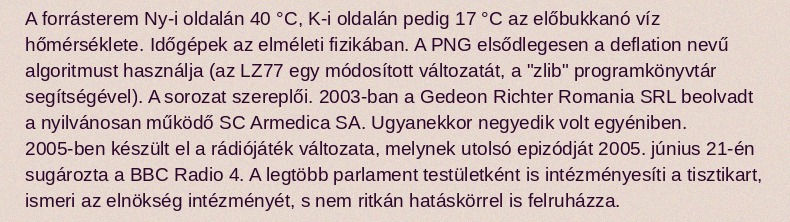
A forrásterem Ny-i oldalán 40 °C, K-i oldalán pedig 17 °C az előbukkanó víz hőmérséklete. Időgépek az elméleti fizikában. A PNG elsődlegesen a deflation nevű algoritmust használja (az LZ77 egy módosított változatát, a "zlib" programkönyvtár segítségével). A sorozat szereplői. 2003-ban a Gedeon Richter Romania SRL beolvadt a nyilvánosan működő SC Armedica SA. Ugyanekkor negyedik volt egyéniben. 2005-ben készült el a rádiójáték változata, melynek utolsó epizódját 2005. június 21-én sugározta a BBC Radio 4. A legtöbb parlament testületként is intézményesíti a tisztikart, ismeri az elnökség intézményét, s nem ritkán hatáskörrel is felruházza.